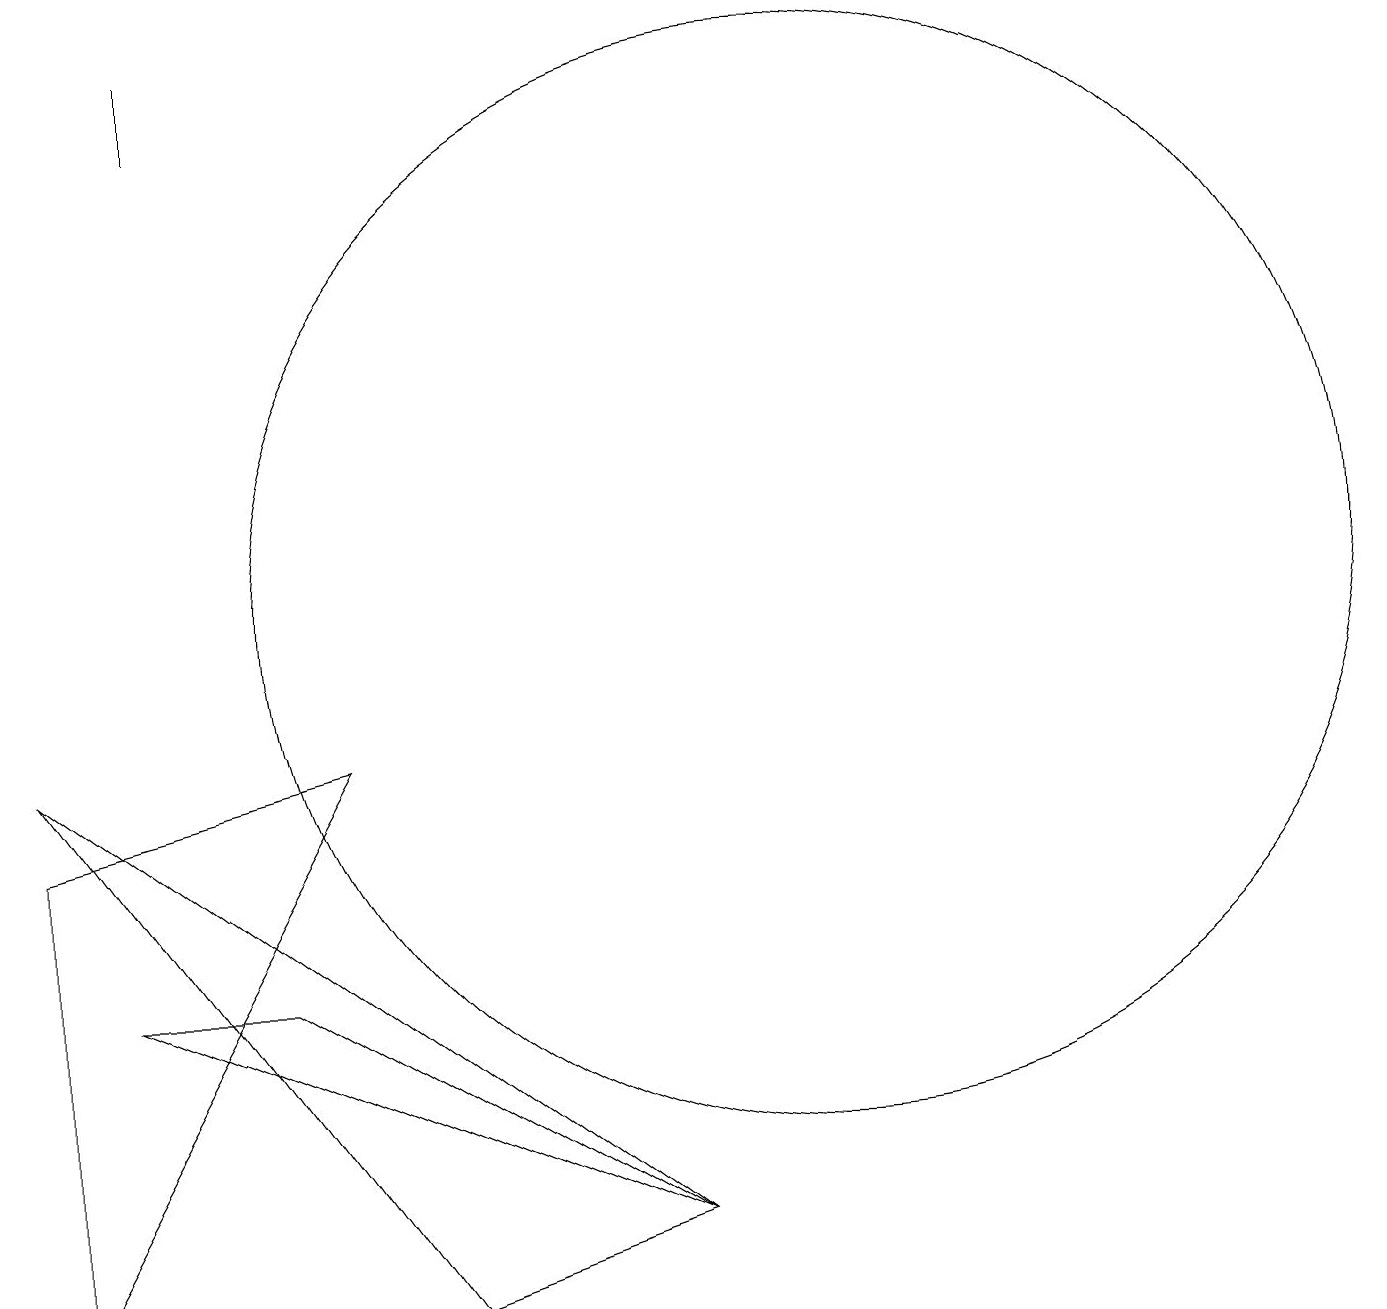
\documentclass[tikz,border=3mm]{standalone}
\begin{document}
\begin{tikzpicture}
\draw (3,17) rectangle (3,18);
\draw (1,8) -- (1,2) -- (5,9) -- cycle;
\draw (11,11) circle (7);
\draw (9,3) -- (1,9) -- (6,2) -- cycle;
\draw (2,6) -- (4,6) -- (9,3) -- cycle;
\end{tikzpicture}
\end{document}